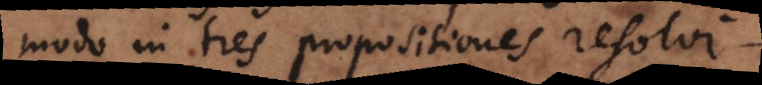
modo in tres propositiones resolvi